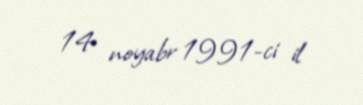
14 noyabr 1991-ci il